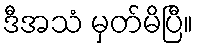
ဒီအသံ မှတ်မိပြီ။